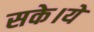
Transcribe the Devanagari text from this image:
सके।ये